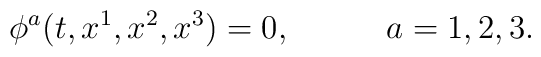
\phi^a(t,x^1,x^2,x^3)=0,\,\,\,\,\,\,\,\,\,\,\,\,\,\,\,\,\,a=1,2,3.